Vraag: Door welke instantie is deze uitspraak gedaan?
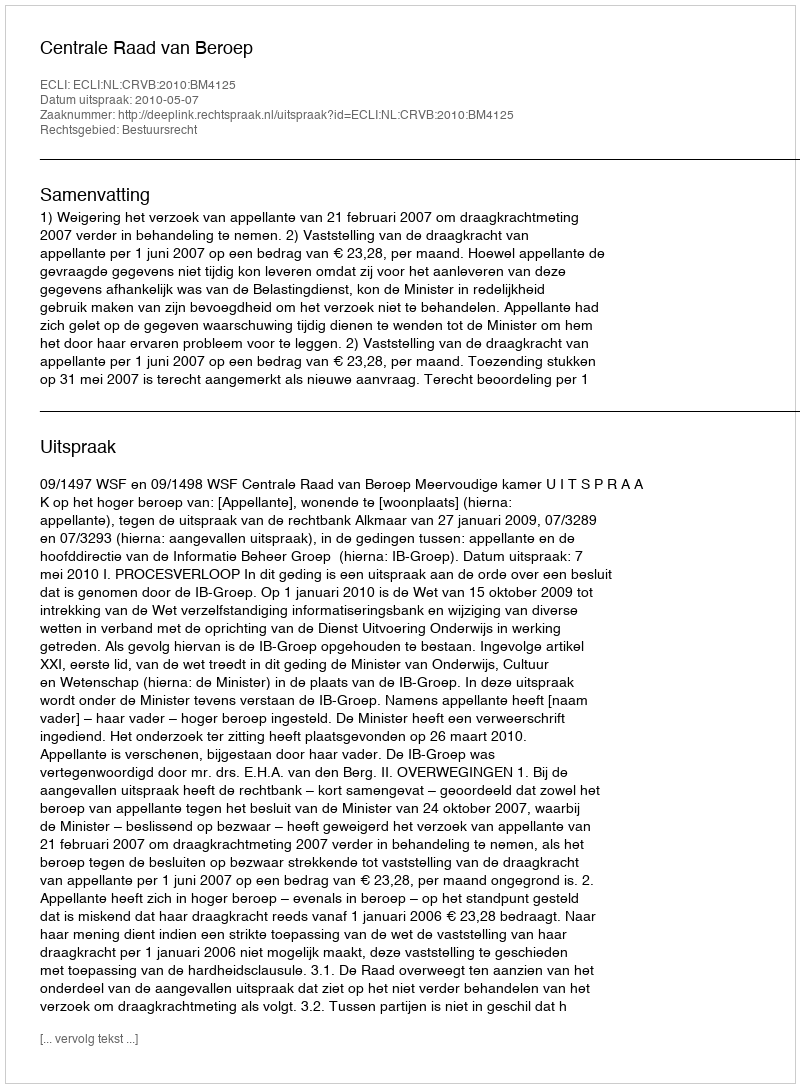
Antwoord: Centrale Raad van Beroep